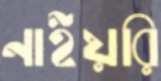
নাইয়রি